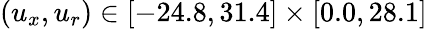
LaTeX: (u_{x},u_{r})\in[-24.8,31.4]\times[0.0,28.1]